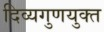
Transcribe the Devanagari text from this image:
दिव्यगुणयुक्त